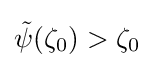
{\tilde {\psi }}(\zeta _{0})>\zeta _{0}